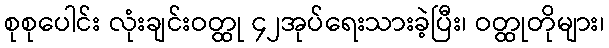
စုစုပေါင်း လုံးချင်းဝတ္ထု ၄၂အုပ်ရေးသားခဲ့ပြီး၊ ဝတ္ထုတိုများ၊